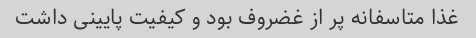
غذا متاسفانه پر از غضروف بود و کیفیت پایینی داشت